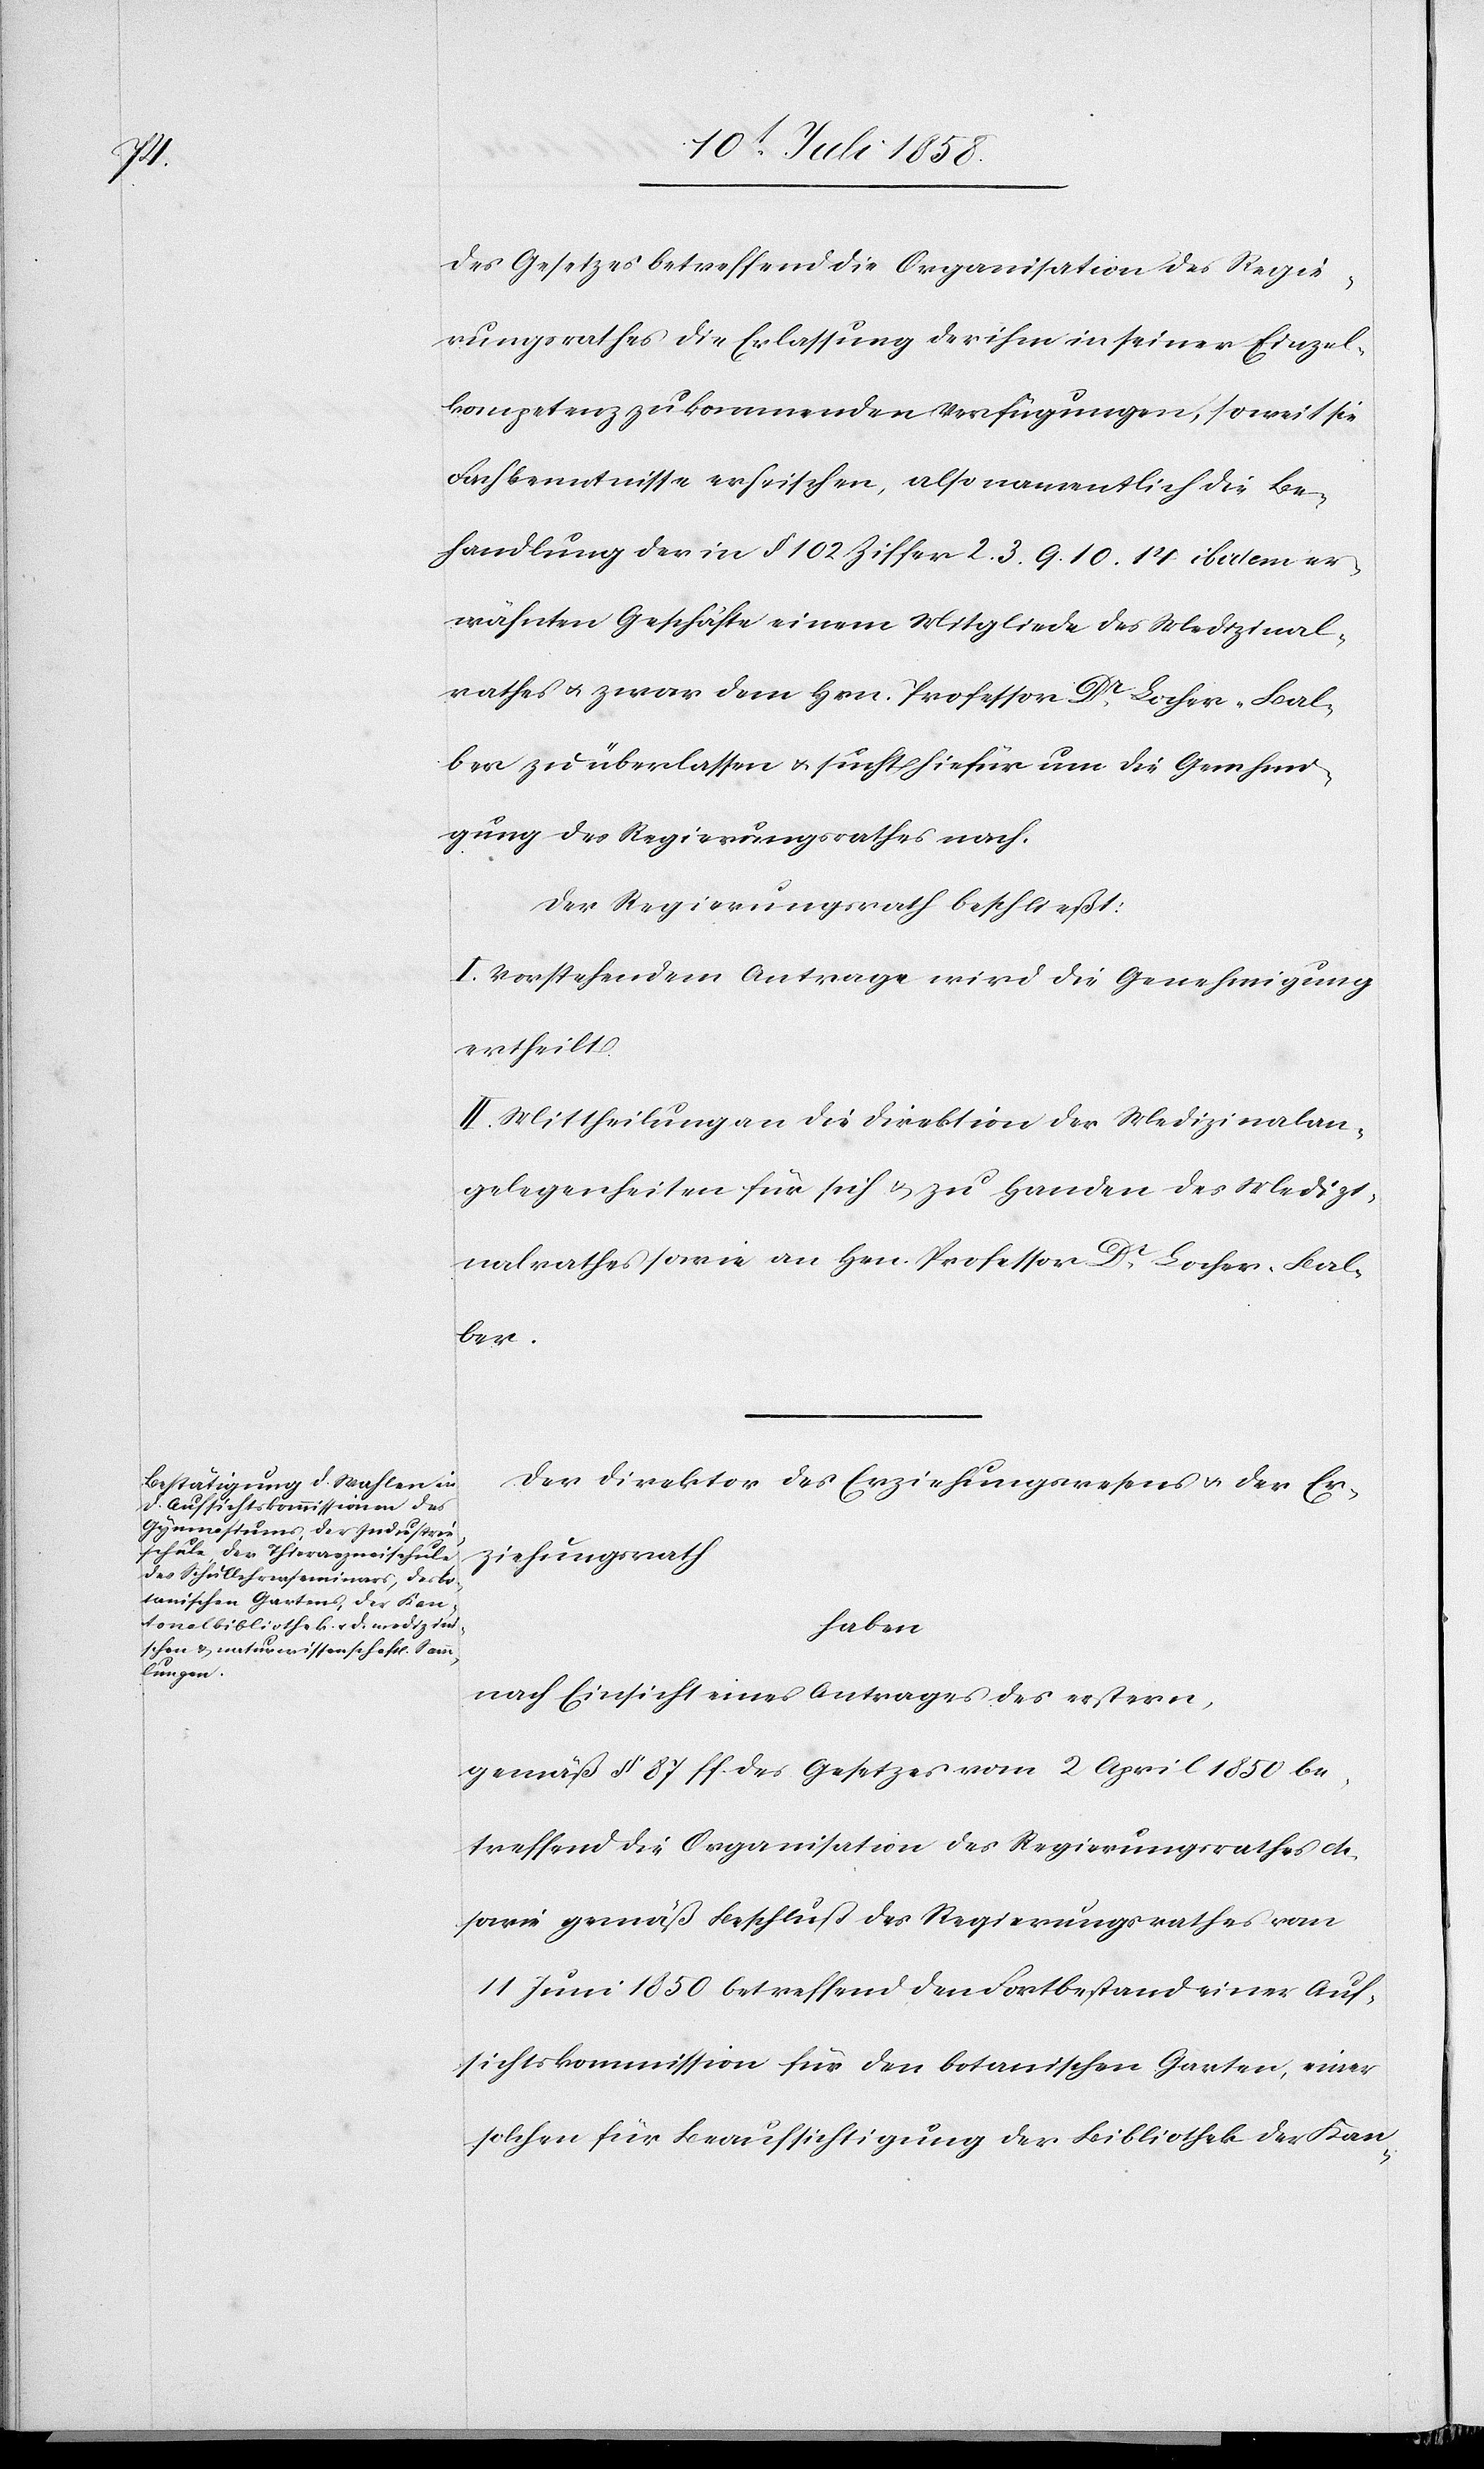
des Gesetzes betreffend die Organisation des Regie¬
rungsrathes die Erlassung der ihm in seiner Einzel¬
kompetenz zukommenden Verfügungen, soweit sie
Fachkenntnisse erheischen, also namentlich die Be¬
handlung der in § 102 Ziffer 2. 3. 9. 10. 14 ibidem er¬
wähnten Geschäfte einem Mitgliede des Medizinal¬
rathes & zwar dem Hrn. Professor Dr. Locher-Bal¬
ber zu überlassen & sucht hiefür um die Genehmi¬
gung des Regierungsrathes nach.
Der Regierungsrath beschließt:
I. Vorstehendem Antrage wird die Genehmigung
ertheilt
II. Mittheilung an die Direktion der Medizinalan¬
gelegenheiten für sich & zu Handen des Medizi¬
nalrathes sowie an Hrn. Professor Dr. Locher-Bal¬
ber.
Der Direktor des Erziehungswesens & der Er¬
ziehungsrath
haben
nach Einsicht eines Antrages des erstern,
gemäß § 87 ff. des Gesetzes vom 2 April 1850 be¬
treffend die Organisation des Regierungsrathes etc.
sowie gemäß Beschluß des Regierungsrathes vom
11 Juni 1850 betreffend den Fortbestand einer Auf¬
sichtskommission für den botanischen Garten, einer
solchen für Beaufsichtigung der Bibliothek der Kan-